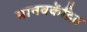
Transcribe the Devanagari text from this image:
मानवकेंद्रित